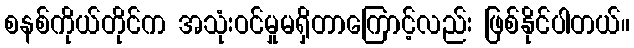
စနစ်ကိုယ်တိုင်က အသုံးဝင်မှုမရှိတာကြောင့်လည်း ဖြစ်နိုင်ပါတယ်။